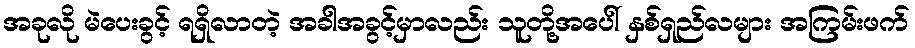
အခုလို မဲပေးခွင့် ရရှိလာတဲ့ အခါအခွင့်မှာလည်း သူတို့အပေါ် နှစ်ရှည်လများ အကြမ်းဖက်